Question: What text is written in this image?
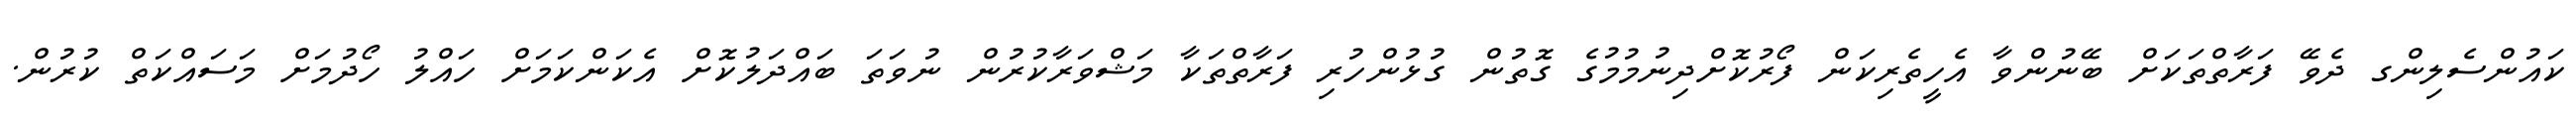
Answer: ކައުންސެލިންގ ދެވޭ ފަރާތްތަކަށް ބޭނުންވާ އެހީތެރިކަން ފޯރުކޮށްދިނުމުމުގެ ގޮތުން ގުޅުންހުރި ފަރާތްތަކާ މަޝްވަރާކުރުން ނުވަތަ ބައްދަލުކޮށް އެކަންކަމަށް ހައްލު ހޯދުމަށް މަސައްކަތް ކުރުން.